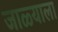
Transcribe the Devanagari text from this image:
जाळ्याला